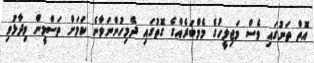
އޮތް ތަނުގައި ވެސް މަޖިލީހުގެ މެމްބަރެއްގެ ގޮތުގައި ދެމިހުންނަވާނެ ކަމަށް ތަސްމީން ވިދާޅުވި